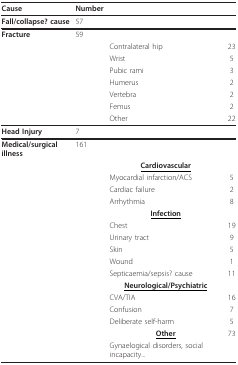
<table><thead><tr><td><b>Cause</b></td><td><b>Number</b></td><td></td><td></td></tr></thead><tbody><tr><td><b>Fall/collapse? cause</b></td><td>57</td><td></td><td></td></tr><tr><td><b>Fracture</b></td><td>59</td><td></td><td></td></tr><tr><td></td><td></td><td>Contralateral hip</td><td>23</td></tr><tr><td></td><td></td><td>Wrist</td><td>5</td></tr><tr><td></td><td></td><td>Pubic rami</td><td>3</td></tr><tr><td></td><td></td><td>Humerus</td><td>2</td></tr><tr><td></td><td></td><td>Vertebra</td><td>2</td></tr><tr><td></td><td></td><td>Femus</td><td>2</td></tr><tr><td></td><td></td><td>Other</td><td>22</td></tr><tr><td><b>Head Injury</b></td><td>7</td><td></td><td></td></tr><tr><td><b>Medical/surgical illness</b></td><td>161</td><td></td><td></td></tr><tr><td></td><td></td><td><b><underline>Cardiovascular</underline></b></td><td></td></tr><tr><td></td><td></td><td>Myocardial infarction/ACS</td><td>5</td></tr><tr><td></td><td></td><td>Cardiac failure</td><td>2</td></tr><tr><td></td><td></td><td>Arrhythmia</td><td>8</td></tr><tr><td></td><td></td><td><b><underline>Infection</underline></b></td><td></td></tr><tr><td></td><td></td><td>Chest</td><td>19</td></tr><tr><td></td><td></td><td>Urinary tract</td><td>9</td></tr><tr><td></td><td></td><td>Skin</td><td>5</td></tr><tr><td></td><td></td><td>Wound</td><td>1</td></tr><tr><td></td><td></td><td>Septicaemia/sepsis? cause</td><td>11</td></tr><tr><td></td><td></td><td><b><underline>Neurological/Psychiatric</underline></b></td><td></td></tr><tr><td></td><td></td><td>CVA/TIA</td><td>16</td></tr><tr><td></td><td></td><td>Confusion</td><td>7</td></tr><tr><td></td><td></td><td>Deliberate self-harm</td><td>5</td></tr><tr><td></td><td></td><td><b><underline>Other</underline></b></td><td>73</td></tr><tr><td></td><td></td><td>Gynaelogical disorders, social incapacity...</td><td></td></tr></tbody></table>